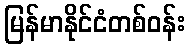
မြန်မာနိုင်ငံတစ်ဝန်း